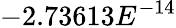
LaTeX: -2.73613E^{-14}